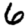
Digit: 6